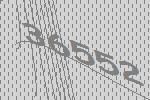
36552